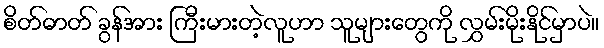
စိတ်ဓာတ် ခွန်အား ကြီးမားတဲ့လူဟာ သူများတွေကို လွှမ်းမိုးနိုင်မှာပဲ။